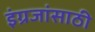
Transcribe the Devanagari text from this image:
इंग्रजांसाठी